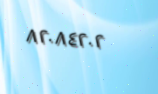
٨٢٠٨٤٢٠٢